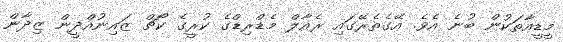
މީޑީއާތަކުން ބުނެ އެވެ. އޭގެތެރޭގައި ރެއާލް މެޑްރިޑްގެ ކުރީގެ ކޯޗް ޒައިނުއްދީން ޒިދާން